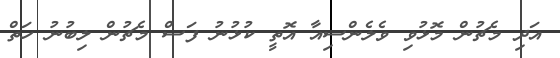
އަދި މެޗުން މޮޅުވި ވެލެންސިއާ އޮތީ ކުޅުނު ފަސް މެޗުން ލިބުނު ހަތް